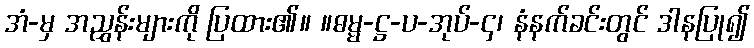
အံ-မှ အညွှန်းများကို ပြထား၏။ ။ဓမ္မ-ဋ္ဌ-ပ-အုပ်-၄၊ နံနက်ခင်းတွင် ဒါနပြု၍